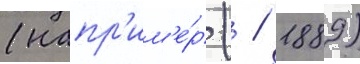
(напр'им'е́р ( / 1889)